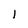
Character: I